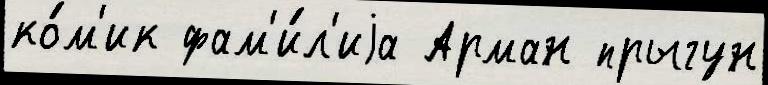
ко́м'ик фам'и́л'иjа Арман прыгун